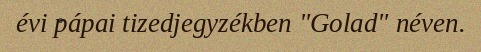
évi pápai tizedjegyzékben "Golad" néven.